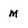
Character: m